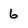
Character: 6